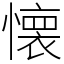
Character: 懐